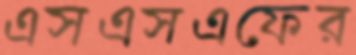
এসএসএফের